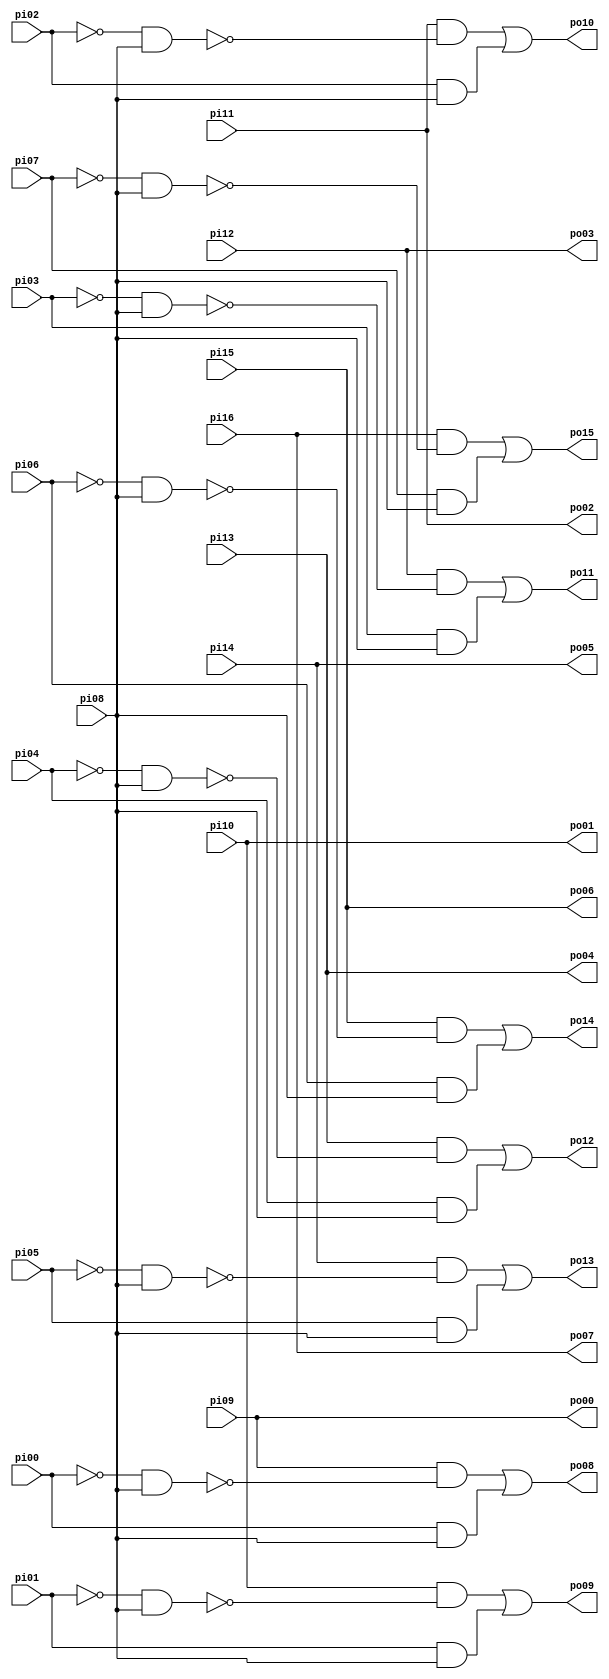
// Benchmark "tcon" written by ABC on Sun Apr 22 21:43:15 2018

module tcon ( 
    pi00, pi01, pi02, pi03, pi04, pi05, pi06, pi07, pi08, pi09, pi10, pi11,
    pi12, pi13, pi14, pi15, pi16,
    po00, po01, po02, po03, po04, po05, po06, po07, po08, po09, po10, po11,
    po12, po13, po14, po15  );
  input  pi00, pi01, pi02, pi03, pi04, pi05, pi06, pi07, pi08, pi09,
    pi10, pi11, pi12, pi13, pi14, pi15, pi16;
  output po00, po01, po02, po03, po04, po05, po06, po07, po08, po09, po10,
    po11, po12, po13, po14, po15;
  wire n34, n35, n36, n38, n39, n40, n42, n43, n44, n46, n47, n48, n50, n51,
    n52, n54, n55, n56, n58, n59, n60, n62, n63, n64;
  assign n34 = ~pi00 & pi08;
  assign n35 = pi09 & ~n34;
  assign n36 = pi00 & pi08;
  assign po08 = n35 | n36;
  assign n38 = ~pi01 & pi08;
  assign n39 = pi10 & ~n38;
  assign n40 = pi01 & pi08;
  assign po09 = n39 | n40;
  assign n42 = ~pi02 & pi08;
  assign n43 = pi11 & ~n42;
  assign n44 = pi02 & pi08;
  assign po10 = n43 | n44;
  assign n46 = ~pi03 & pi08;
  assign n47 = pi12 & ~n46;
  assign n48 = pi03 & pi08;
  assign po11 = n47 | n48;
  assign n50 = ~pi04 & pi08;
  assign n51 = pi13 & ~n50;
  assign n52 = pi04 & pi08;
  assign po12 = n51 | n52;
  assign n54 = ~pi05 & pi08;
  assign n55 = pi14 & ~n54;
  assign n56 = pi05 & pi08;
  assign po13 = n55 | n56;
  assign n58 = ~pi06 & pi08;
  assign n59 = pi15 & ~n58;
  assign n60 = pi06 & pi08;
  assign po14 = n59 | n60;
  assign n62 = ~pi07 & pi08;
  assign n63 = pi16 & ~n62;
  assign n64 = pi07 & pi08;
  assign po15 = n63 | n64;
  assign po00 = pi09;
  assign po01 = pi10;
  assign po02 = pi11;
  assign po03 = pi12;
  assign po04 = pi13;
  assign po05 = pi14;
  assign po06 = pi15;
  assign po07 = pi16;
endmodule